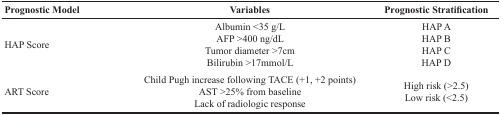
<table><thead><tr><td><b>Prognostic Model</b></td><td><b>Variables</b></td><td><b>Prognostic Stratification</b></td></tr></thead><tbody><tr><td>HAP Score</td><td>Albumin &lt;35 g/LAFP &gt;400 ng/dLTumor diameter &gt;7cmBilirubin &gt;17mmol/L</td><td>HAP AHAP BHAP CHAP D</td></tr><tr><td>ART Score</td><td>Child Pugh increase following TACE (+1, +2 points)AST &gt;25% from baselineLack of radiologic response</td><td>High risk (&gt;2.5)Low risk (&lt;2.5)</td></tr></tbody></table>